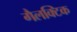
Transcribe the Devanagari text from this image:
गैलक्टिक